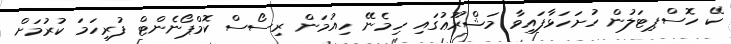
ކޭ ހޮސްޕިޓަލުން ހުށަހަޅާފައިވާ މަޝްރޫޢުގައި ހިމެނޭ ހިއުމަން ރިސޯސް ކޮމްޕޯނެންޓް ފުރިހަމަ ކުރުމަށް